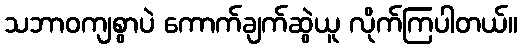
သဘာဝကျစွာပဲ ကောက်ချက်ဆွဲယူ လိုက်ကြပါတယ်။